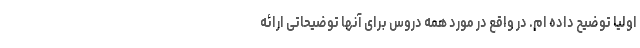
اولیا توضیح داده ام. در واقع در مورد همه دروس برای آنها توضیحاتی ارائه